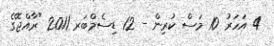
4 އަހަރު 10 މަސް ކުރިން - 12 ޑިސެމްބަރ 2011 "ރާއްޖޭގެ